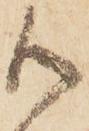
御